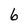
Character: 6